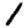
Digit: 1